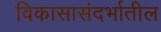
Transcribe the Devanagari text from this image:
विकासासंदर्भातील